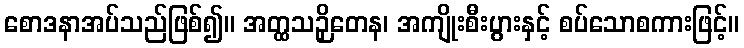
စောဒနာအပ်သည်ဖြစ်၍။ အတ္ထသဉှိတေန၊ အကျိုးစီးပွားနှင့် စပ်သောစကားဖြင့်။